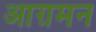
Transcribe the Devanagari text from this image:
आग़मन